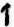
1